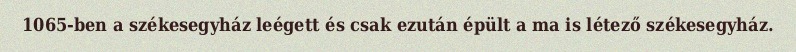
1065-ben a székesegyház leégett és csak ezután épült a ma is létező székesegyház.